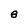
Character: 8